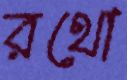
রথো